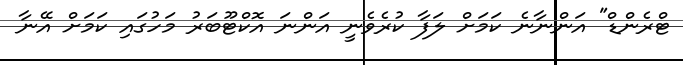
ޓްރެންޑް" އަންނާނެ ކަމަށް ލަފާ ކުރެވެނީ އަންނަ އޮކްޓޫބަރު މަހުގައި ކަމަށް އޭނާ